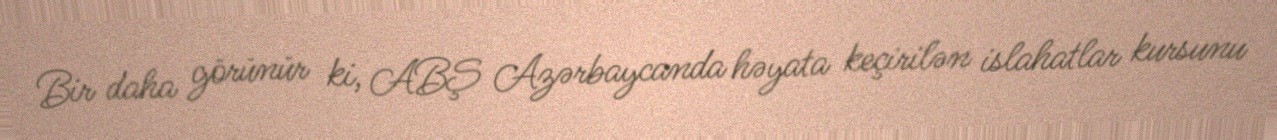
Bir daha görünür ki, ABŞ Azərbaycanda həyata keçirilən islahatlar kursunu